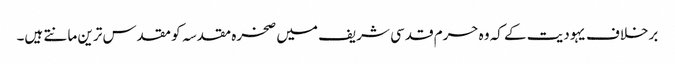
برخلاف یہودیت کے کہ وہ حرم قدسی شریف میں صخرہ مقدسہ کو مقدس ترین مانتے ہیں۔